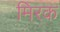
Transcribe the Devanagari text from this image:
मिरक